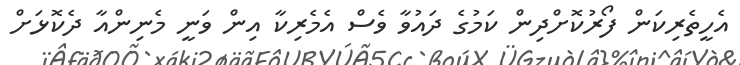
އެހީތެރިކަން ފޯރުކޮށްދިން ކަމުގެ ދައުވާ ވެސް އެމެރިކާ އިން ވަނީ މެނިންއާ ދެކޮޅަށް